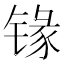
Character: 𰾦